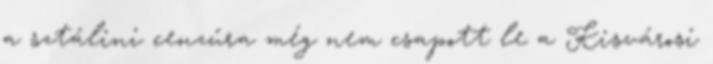
a sztálini cenzúra még nem csapott le a Kisvárosi